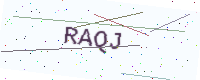
Text: RAQJ